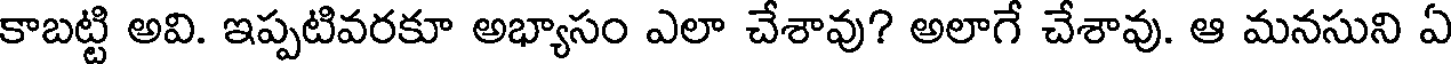
కాబట్టి అవి. ఇప్పటివరకూ అభ్యాసం ఎలా చేశావు? అలాగే చేశావు. ఆ మనసుని ఏ